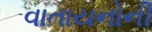
વાતાયનોની